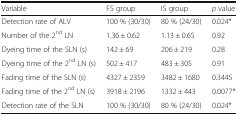
| Variable | FS group | IS group | p value |
 | --- | --- | --- | --- |
 | Detection rate of ALV | 100 % (30/30) | 80 % (24/30) | 0.024* |
 | Number of the 2nd LN | 1.36 ± 0.62 | 1.13 ± 0.65 | 0.92 |
 | Dyeing time of the SLN (s) | 142 ± 69 | 206 ± 219 | 0.28 |
 | Dyeing time of the 2nd LN (s) | 502 ± 417 | 483 ± 305 | 0.91 |
 | Fading time of the SLN (s) | 4327 ± 2359 | 3482 ± 1680 | 0.3445 |
 | Fading time of the 2nd LN (s) | 3918 ± 2196 | 1332 ± 443 | 0.0077* |
 | Detection rate of the SLN | 100 % (30/30) | 80 % (24/30) | 0.024* |